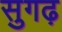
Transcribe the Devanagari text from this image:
सुगढ़